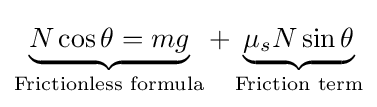
\underbrace {N\cos \theta =mg} _{\text{Frictionless formula}}+\underbrace {\mu _{s}N\sin \theta } _{\text{Friction term}}